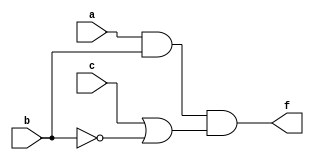
module Exercicio5 ( a, b, c, f); // declarao do nome do mdulo AND
input a, b, c; // entrada de dados - um bit
output f; // sada de dados - um bit
wire t1; //declarando a conexo como f
 
assign t1 =  a & b;
assign t2 =  c | ~b;
assign f =   t1 & t2;
 
endmodule // final do mdulo AND